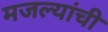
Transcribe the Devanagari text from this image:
मजल्यांची